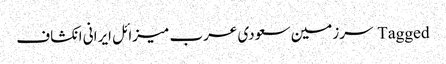
Tagged سرزمین سعودی عرب میزائل ایرانی انکشاف